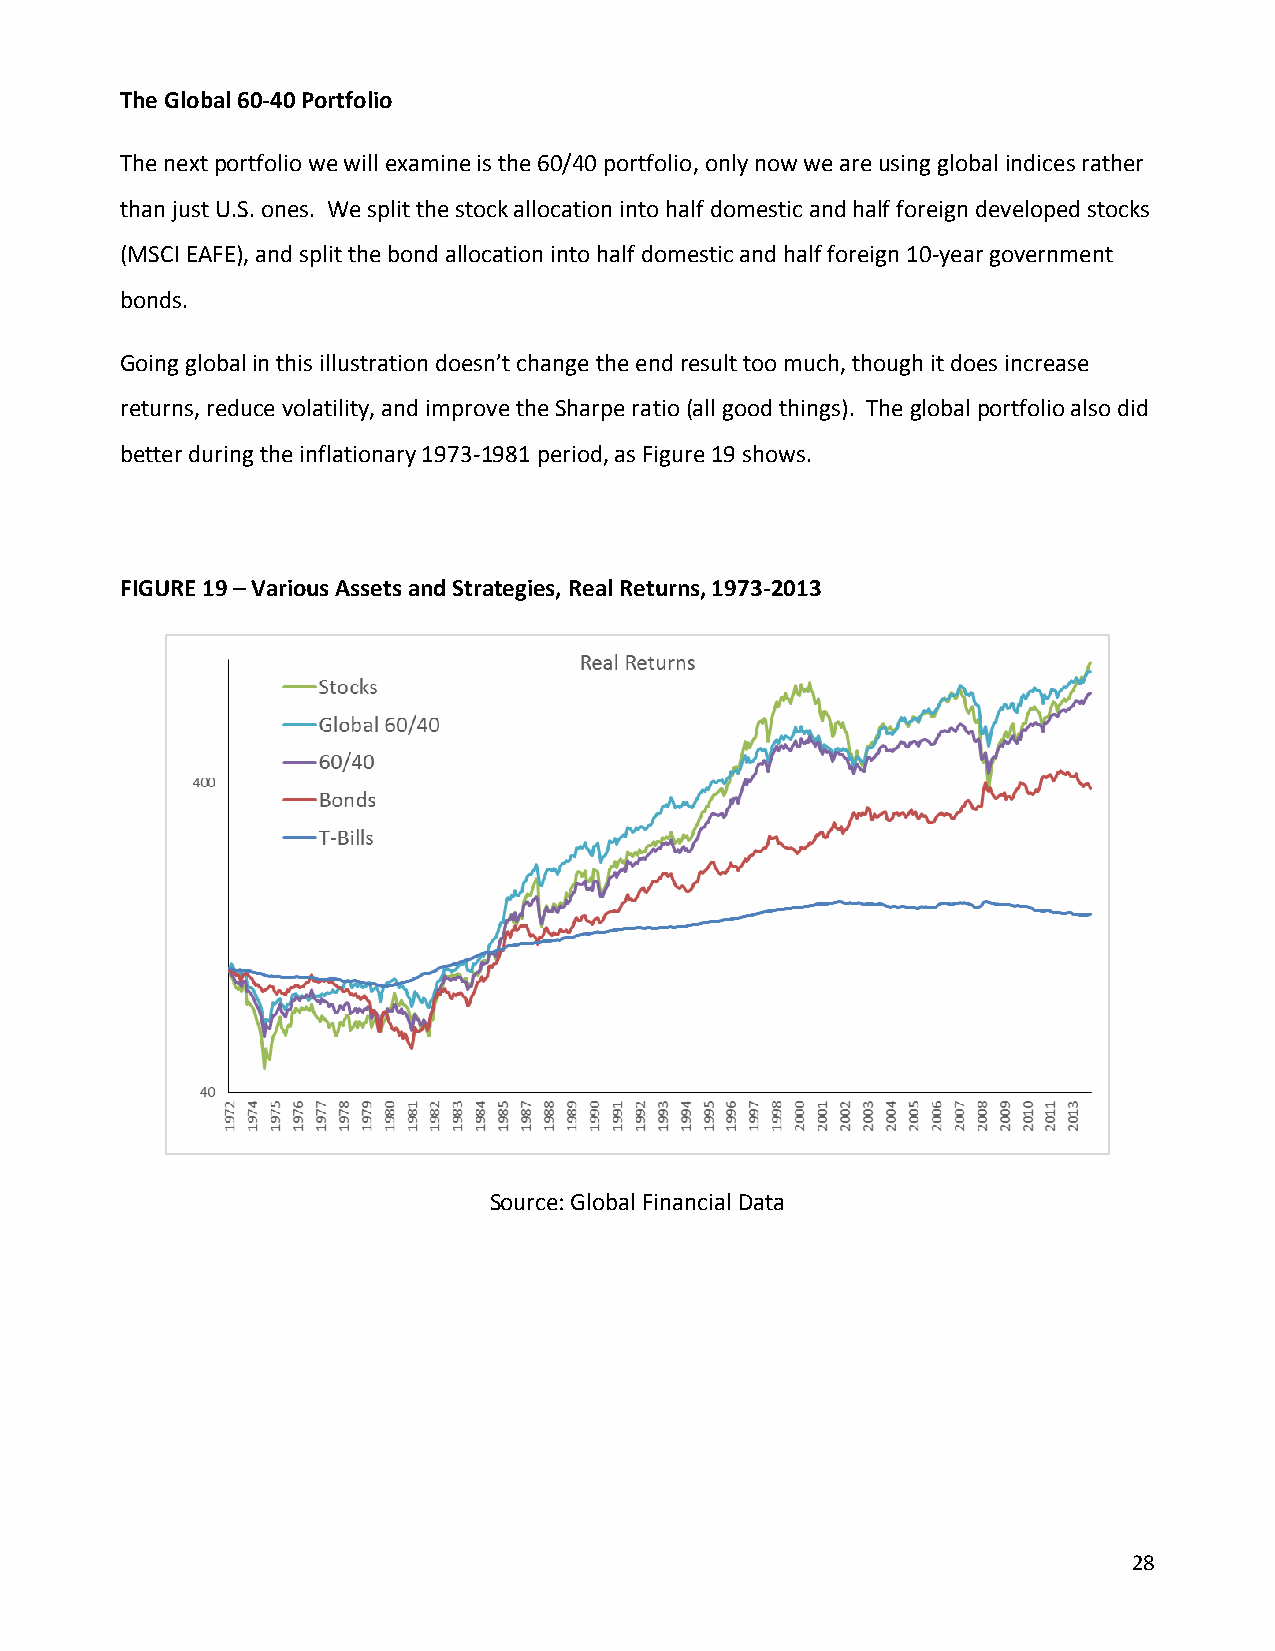
The Global 60-40 Portfolio
 The next portfolio we will examine is the 60/40 portfolio, only now we are using global indices rather
 than just U.S. ones. We split the stock allocation into half domestic and half foreign developed stocks
 (MSCI EAFE), and split the bond allocation into half domestic and half foreign 10-year government
 bonds.
 Going global in this illustration doesn’t change the end result too much, though it does increase
 returns, reduce volatility, and improve the Sharpe ratio (all good things). The global portfolio also did
 better during the inflationary 1973-1981 period, as Figure 19 shows.
 FIGURE 19 – Various Assets and Strategies, Real Returns, 1973-2013
 Source: Global Financial Data
 28